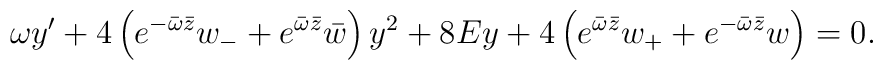
\omega y'+4\left(e^{-\bar\omega\bar z}w_- + e^{\bar\omega\bar z}\bar w\right) y^2+8Ey + 4\left(e^{\bar\omega\bar z}w_+ + e^{-\bar\omega\bar z}w\right) =0.